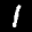
Digit: 1